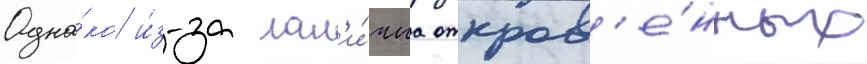
Одна́ко и́з-за нал'и́чиа откров'е́нных